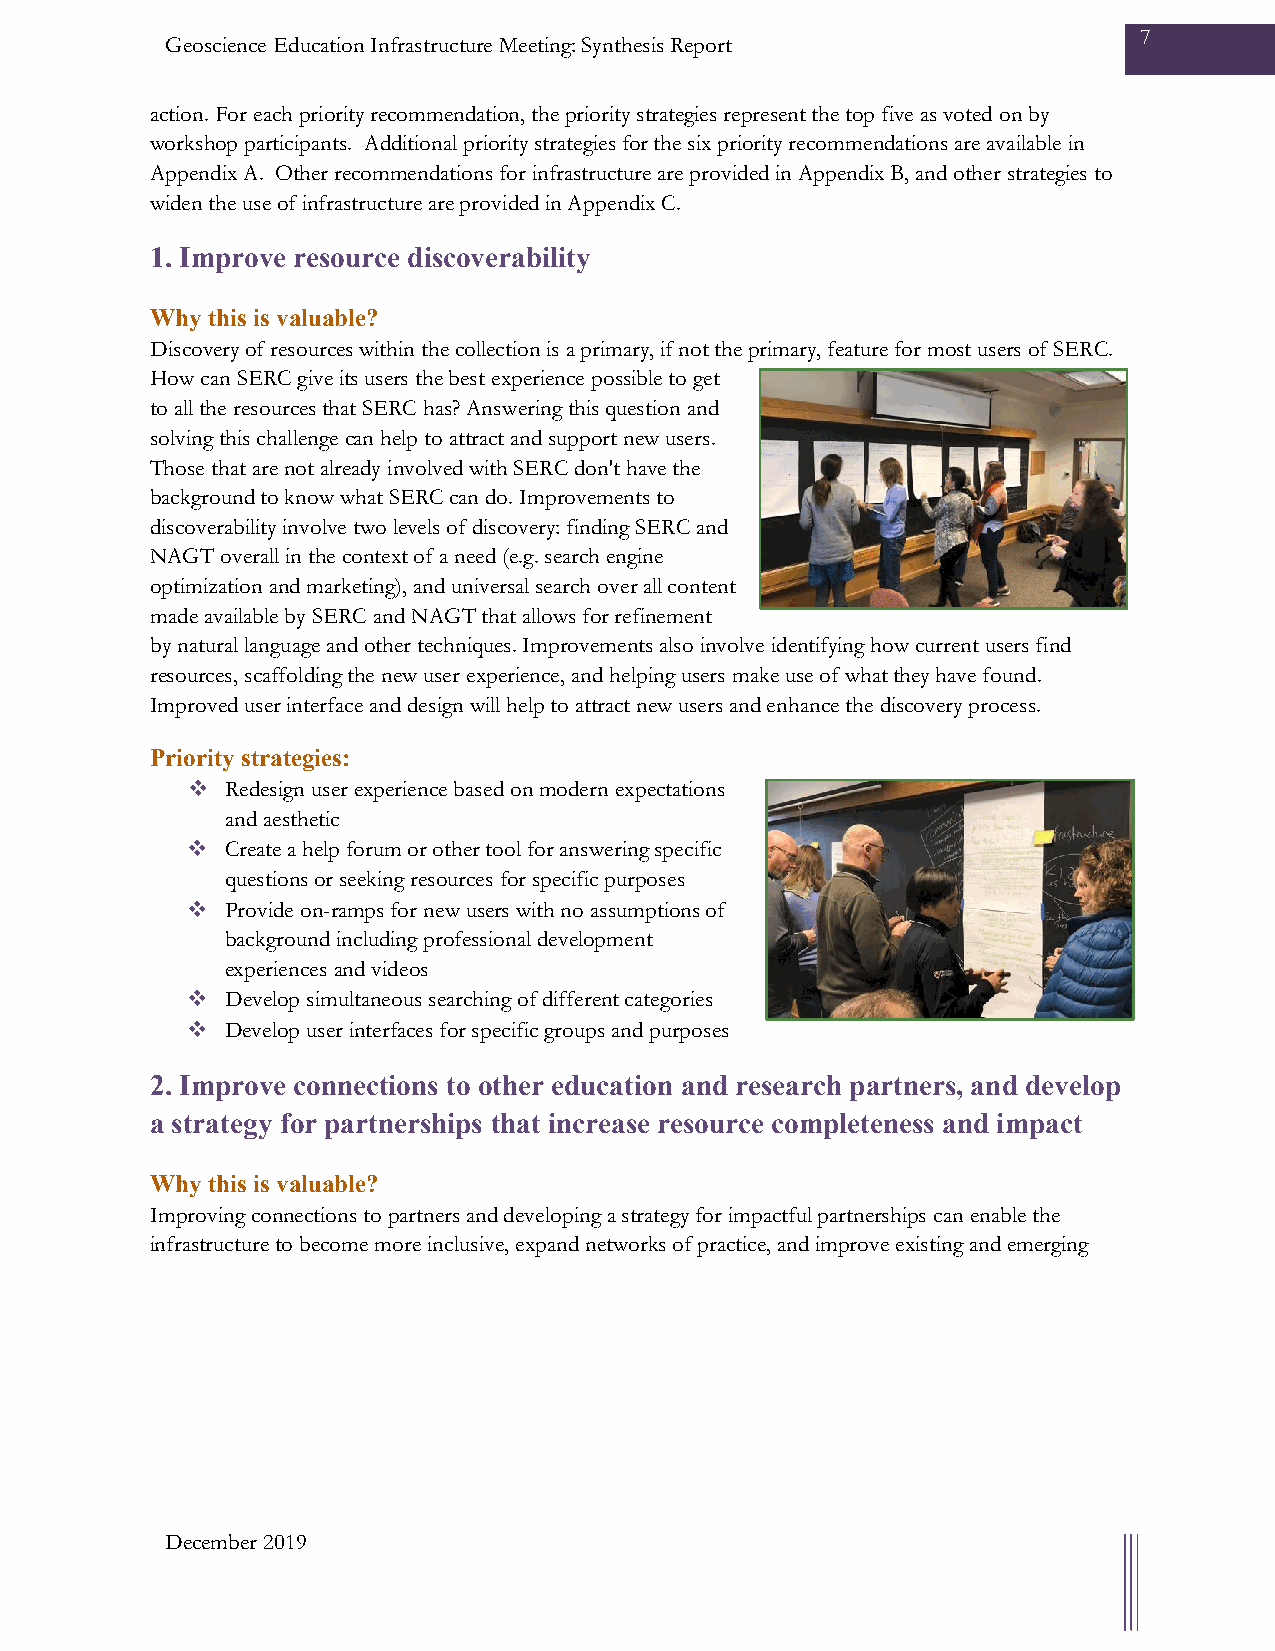
7
 Geoscience Education Infrastructure Meeting: Synthesis Report
 action. For each priority recommendation, the priority strategies represent the top five as voted on by
 workshop participants. Additional priority strategies for the six priority recommendations are available in
 Appendix A. Other recommendations for infrastructure are provided in Appendix B, and other strategies to
 widen the use of infrastructure are provided in Appendix C.
 1. Improve resource discoverability
 Why this is valuable?
 Discovery of resources within the collection is a primary, if not the primary, feature for most users of SERC.
 How can SERC give its users the best experience possible to get
 to all the resources that SERC has? Answering this question and
 solving this challenge can help to attract and support new users.
 Those that are not already involved with SERC don't have the
 background to know what SERC can do. Improvements to
 discoverability involve two levels of discovery: finding SERC and
 NAGT overall in the context of a need (e.g. search engine
 optimization and marketing), and universal search over all content
 made available by SERC and NAGT that allows for refinement
 by natural language and other techniques. Improvements also involve identifying how current users find
 resources, scaffolding the new user experience, and helping users make use of what they have found.
 Improved user interface and design will help to attract new users and enhance the discovery process.
 Priority strategies:
   Redesign user experience based on modern expectations
 and aesthetic
   Create a help forum or other tool for answering specific
 questions or seeking resources for specific purposes
   Provide on-ramps for new users with no assumptions of
 background including professional development
 experiences and videos
   Develop simultaneous searching of different categories
   Develop user interfaces for specific groups and purposes
 2. Improve connections to other education and research partners, and develop
 a strategy for partnerships that increase resource completeness and impact
 Why this is valuable?
 Improving connections to partners and developing a strategy for impactful partnerships can enable the
 infrastructure to become more inclusive, expand networks of practice, and improve existing and emerging
 December 2019